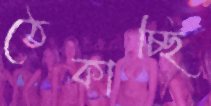
ঠেকাচ্ছি